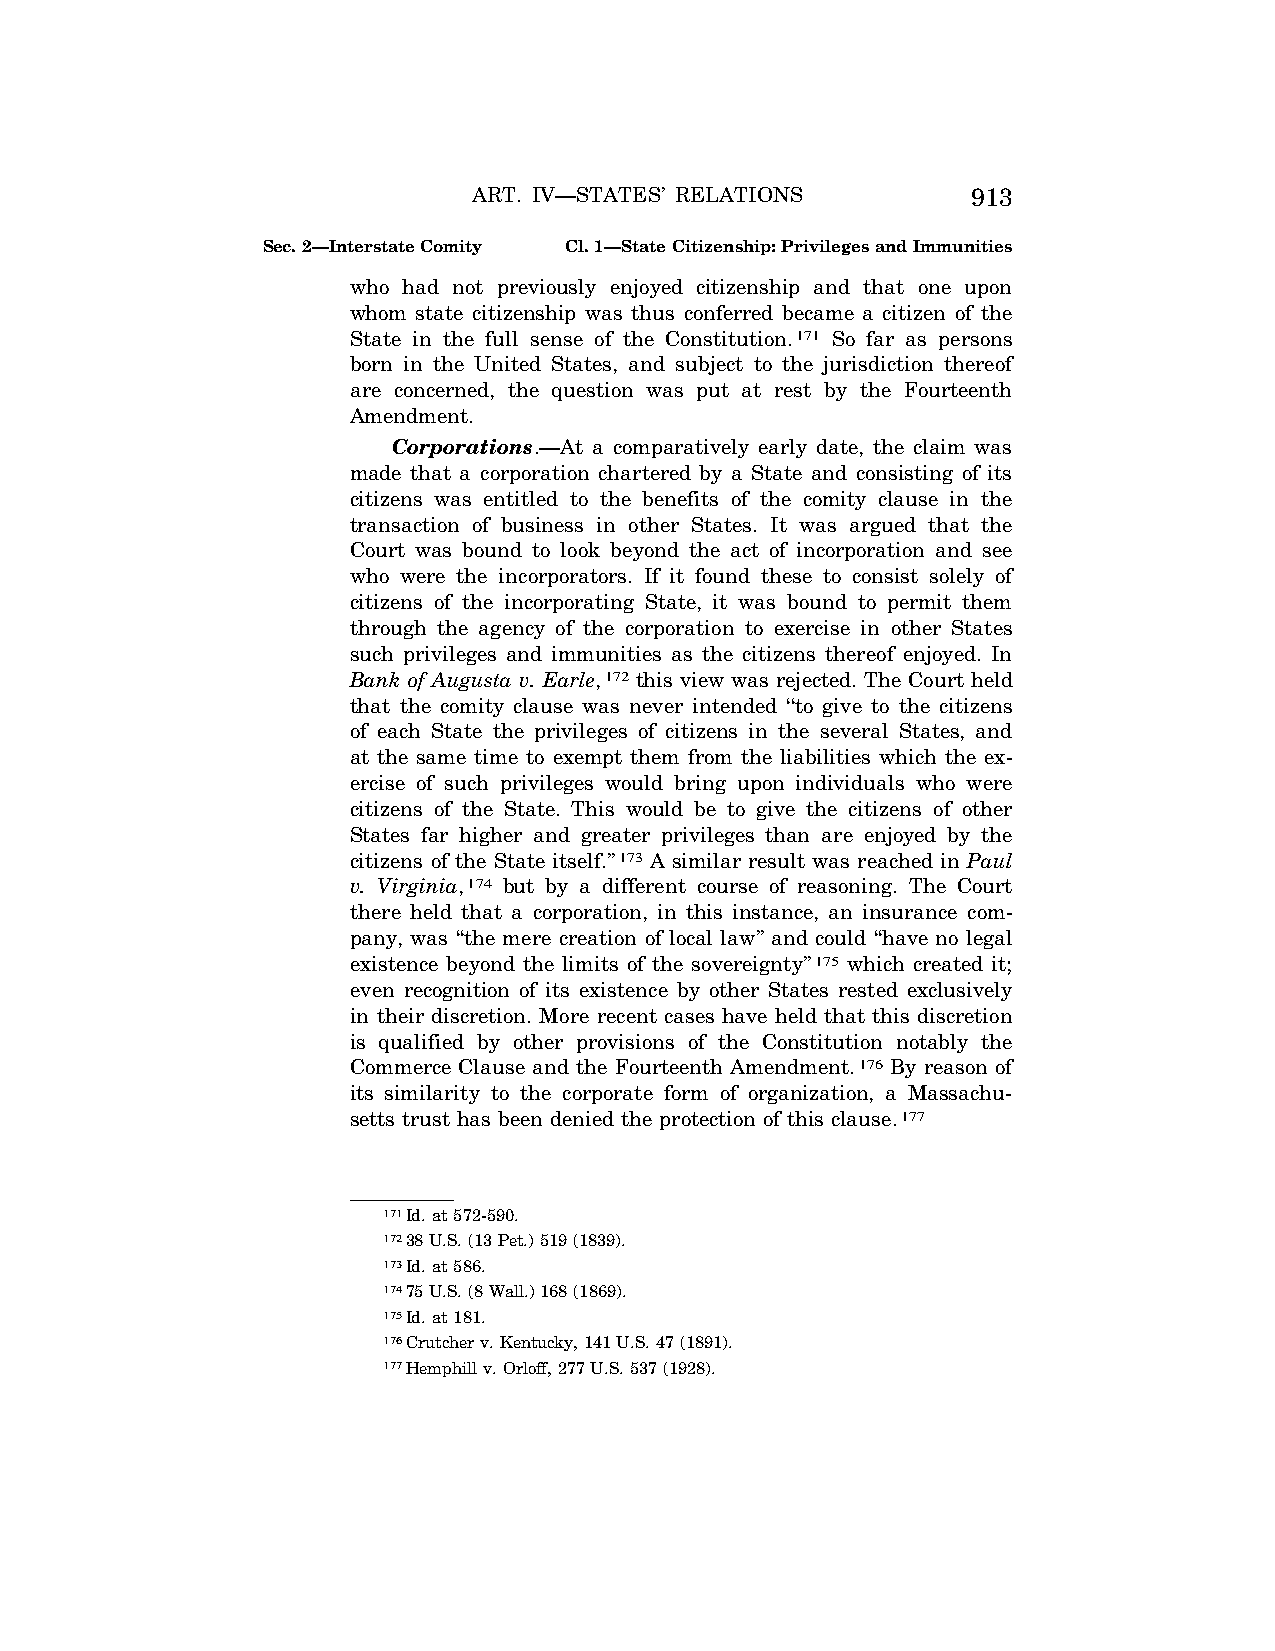
ART. IV—STATES’ RELATIONS        913
 Sec. 2—Interstate Comity Cl. 1—State Citizenship: Privileges and Immunities
 who had not previously enjoyed citizenship and that one upon
 whom state citizenship was thus conferred became a citizen of the
 State in the full sense of the Constitution.171 So far as persons
 born in the United States, and subject to the jurisdiction thereof
 are concerned, the question was put at rest by the Fourteenth
 Amendment.
 Corporations.—At a comparatively early date, the claim was
 made that a corporation chartered by a State and consisting of its
 citizens was entitled to the benefits of the comity clause in the
 transaction of business in other States. It was argued that the
 Court was bound to look beyond the act of incorporation and see
 who were the incorporators. If it found these to consist solely of
 citizens of the incorporating State, it was bound to permit them
 through the agency of the corporation to exercise in other States
 such privileges and immunities as the citizens thereof enjoyed. In
 Bank of Augusta v. Earle,172 this view was rejected. The Court held
 that the comity clause was never intended ‘‘to give to the citizens
 of each State the privileges of citizens in the several States, and
 at the same time to exempt them from the liabilities which the ex-
 ercise of such privileges would bring upon individuals who were
 citizens of the State. This would be to give the citizens of other
 States far higher and greater privileges than are enjoyed by the
 citizens of the State itself.’’173 A similar result was reached in Paul
 v. Virginia,174 but by a different course of reasoning. The Court
 there held that a corporation, in this instance, an insurance com-
 pany, was ‘‘the mere creation of local law’’ and could ‘‘have no legal
 existence beyond the limits of the sovereignty’’175 which created it;
 even recognition of its existence by other States rested exclusively
 in their discretion. More recent cases have held that this discretion
 is qualified by other provisions of the Constitution notably the
 Commerce Clause and the Fourteenth Amendment.176 By reason of
 its similarity to the corporate form of organization, a Massachu-
 setts trust has been denied the protection of this clause.177
 171Id. at 572-590.
 17238 U.S. (13 Pet.) 519 (1839).
 173Id. at 586.
 17475 U.S. (8 Wall.) 168 (1869).
 175Id. at 181.
 176Crutcher v. Kentucky, 141 U.S. 47 (1891).
 177Hemphill v. Orloff, 277 U.S. 537 (1928).
 VerDate Apr<14>2004 15:53 Apr 14, 2004 Jkt 077500 PO 00000 Frm 00041 Fmt 8222 Sfmt 8222 C:\CONAN\CON015.SGM PRFM99 PsN: CON015